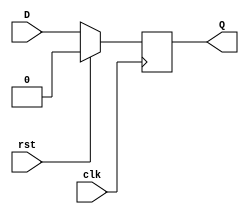
module DFF_with_reset (
  input D, // D input
  input clk, // clock input
  input rst, // synchronous reset input
  output reg Q // output
);

// Synchronous reset D flip-flop
always @(posedge clk) begin
  if (rst) begin
    Q <= 1'b0; // forced to known state when reset is active
  end else begin
    Q <= D; // changes state according to D input on rising edge of clock signal
  end
end

endmodule